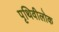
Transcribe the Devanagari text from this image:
पृथिवीलोक